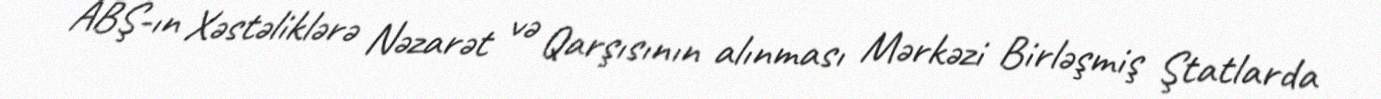
ABŞ-ın Xəstəliklərə Nəzarət və Qarşısının alınması Mərkəzi Birləşmiş Ştatlarda